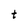
Character: t